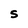
Character: S